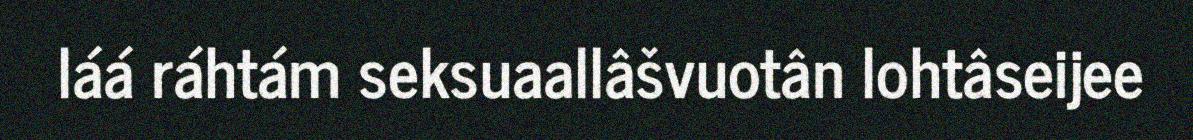
láá ráhtám seksuaallâšvuotân lohtâseijee